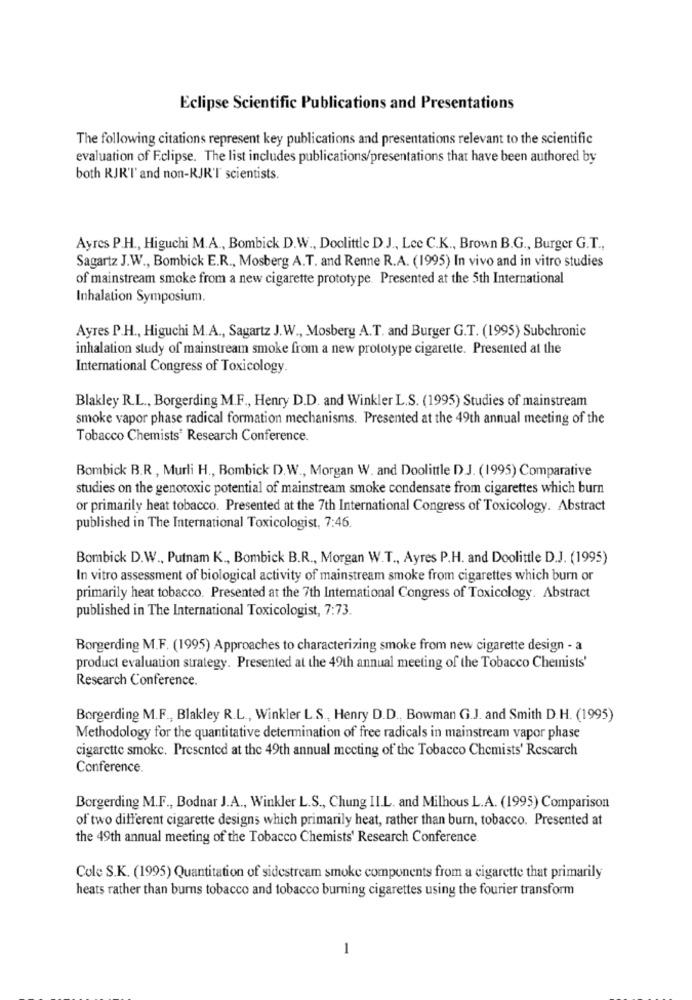
Eclipse Scientific Publications and Presentations
The following citations represent key publications and presentations relevant to the scientific
evaluation of Eclipse. The list includes publications/presentations that have been authored by
both RJR'T' and non-RJR'T scientists.
Ayres P.H ., Higuchi M.A ., Bombick D.W ., Doolittle D.J ., Lee C.K ., Brown B.G ., Burger G.T .,
Sagartz J.W ., Bombick E.R ., Mosberg A.T. and Renne R.A. (1995) In vivo and in vitro studies
of mainstream smoke from a new cigarette prototype. Presented at the 5th International
Inhalation Symposium.
Ayres P.H ., Higuchi M.A ., Sagartz J.W ., Mosberg A.T. and Burger G.T. (1995) Subchronic
inhalation study of mainstream smoke from a new prototype cigarette. Presented at the
International Congress of Toxicology.
Blakley R.L ., Borgerding M.F ., Henry D.D. and Winkler L.S. (1995) Studies of mainstream
smoke vapor phase radical formation mechanisms. Presented at the 49th annual meeting of the
Tobacco Chemists' Research Conference.
Bombick B.R , Murli H ., Bombick D.W ., Morgan W. and Doolittle DJ. (1995) Comparative
studies on the genotoxic potential of mainstream smoke condensate from cigarettes which burn
or primarily heat tobacco. Presented at the 7th International Congress of Toxicology. Abstract
published in The International Toxicologist, 7:46.
Bombick D.W ., Putnam K ., Bombick B.R ., Morgan W.T ., Ayres P.H. and Doolittle D.J. (1995)
In vitro assessment of biological activity of mainstream smoke from cigarettes which burn or
primarily heat tobacco. Presented at the 7th International Congress of Toxicology. Abstract
published in The International Toxicologist, 7:73.
Borgerding M.F. (1995) Approaches to characterizing smoke from new cigarette design - a
product evaluation strategy. Presented at the 49th annual meeting of the Tobacco Chemists'
Research Conference.
Borgerding M.F ., Blakley R.L ., Winkler L.S ., Henry D.D ., Bowman G.J. and Smith D.H. (1995)
Methodology for the quantitative determination of free radicals in mainstream vapor phase
cigarette smoke. Presented at the 49th annual meeting of the Tobacco Chemists' Rescarch
Conference.
Borgerding M.F ., Bodnar J.A ., Winkler L.S ., Chung II.L. and Milhous L.A. (1995) Comparison
of two different cigarette designs which primarily heat, rather than burn, tobacco. Presented at
the 49th annual meeting of the Tobacco Chemists' Research Conference.
Cole S.K. (1995) Quantitation of sidestream smoke components from a cigarette that primarily
heats rather than burns tobacco and tobacco burning cigarettes using the fourier transform